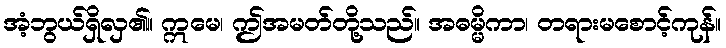
အံ့ဘွယ်ရှိလှ၏။ ဣမေ၊ ဤအမတ်တို့သည်။ အဓမ္မိကာ၊ တရားမစောင့်ကုန်။